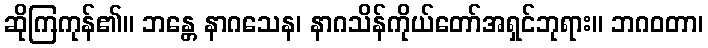
ဆိုကြကုန်၏။ ဘန္တေ နာဂသေန၊ နာဂသိန်ကိုယ်တော်အရှင်ဘုရား။ ဘဂဝတာ၊